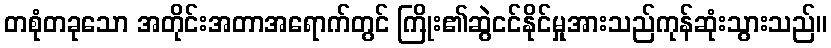
တစုံတခုသော အတိုင်းအတာအရောက်တွင် ကြိုး၏ဆွဲငင်နိုင်မှုအားသည်ကုန်ဆုံးသွားသည်။